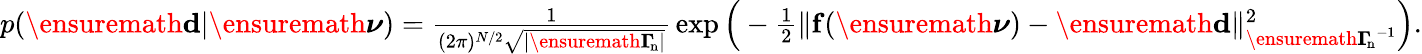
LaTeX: \begin{array}{r}{p(\ensuremath{\mathbf d}|\ensuremath{\boldsymbol\nu})={\frac{1}{(2\pi)^{N/2}\sqrt{|\ensuremath{\boldsymbol\Gamma_{\! \mathrm{n}}}|}}}\exp\Big(-{\frac{1}{2}}\| \mathbf f(\ensuremath{\boldsymbol\nu})-\ensuremath{\mathbf d}\| _{\ensuremath{\boldsymbol\Gamma_{\! \mathrm{n}}}^{-1}}^{2}\Big).}\end{array}